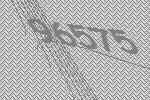
96575